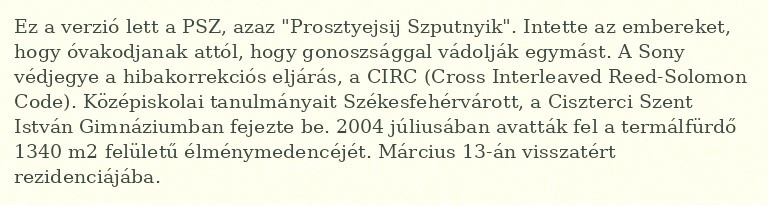
Ez a verzió lett a PSZ, azaz "Prosztyejsij Szputnyik". Intette az embereket, hogy óvakodjanak attól, hogy gonoszsággal vádolják egymást. A Sony védjegye a hibakorrekciós eljárás, a CIRC (Cross Interleaved Reed-Solomon Code). Középiskolai tanulmányait Székesfehérvárott, a Ciszterci Szent István Gimnáziumban fejezte be. 2004 júliusában avatták fel a termálfürdő 1340 m2 felületű élménymedencéjét. Március 13-án visszatért rezidenciájába.